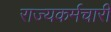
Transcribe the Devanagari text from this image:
राज्यकर्मचारी